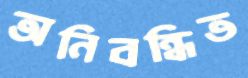
অনিবন্ধিত